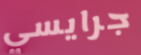
جرايسي